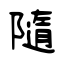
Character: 隨